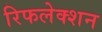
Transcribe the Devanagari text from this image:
रिफलेक्शन